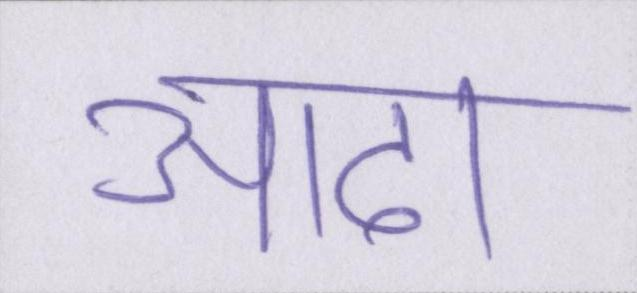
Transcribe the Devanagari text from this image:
आढा